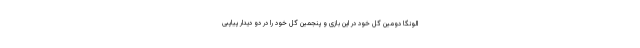
الونگا دومین گل خود در این بازی و پنجمین گل خود را در دو دیدار پیاپبی